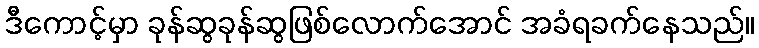
ဒီကောင့်မှာ ခုန်ဆွခုန်ဆွဖြစ်လောက်အောင် အခံရခက်နေသည်။